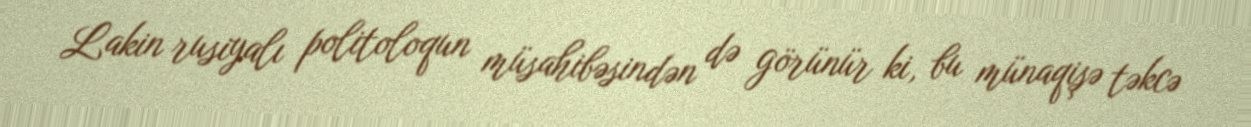
Lakin rusiyalı politoloqun müsahibəsindən də görünür ki, bu münaqişə təkcə